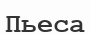
Пьеса